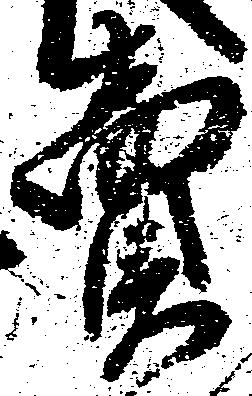
売